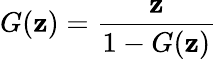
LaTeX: G(\mathbf{z})={\frac{{\mathbf{z}}}{{1-G(\mathbf{z})}}}